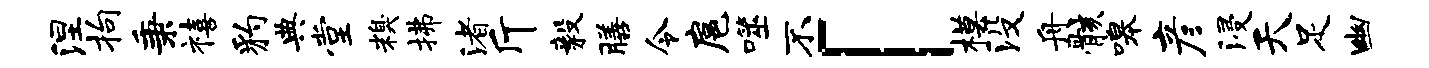
涅拘秉禧豹典堂糗拂渚斤毅膳令扈噬不「模没舟骸嗥彦浸天足幽